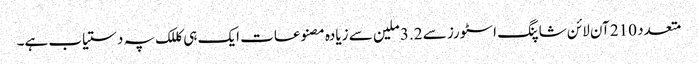
متعدد 210 آن لائن شاپنگ اسٹورز سے 3.2 ملین سے زیادہ مصنوعات ایک ہی کللک پہ دستیاب ہے۔